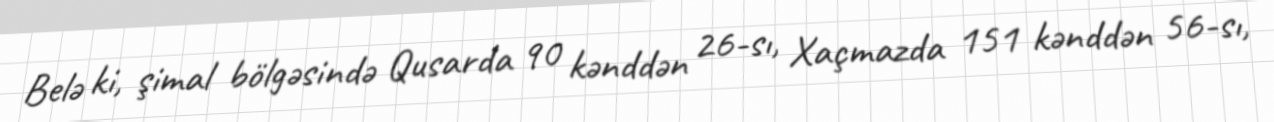
Belə ki, şimal bölgəsində Qusarda 90 kənddən 26-sı, Xaçmazda 151 kənddən 56-sı,